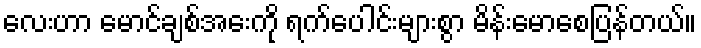
လေးဟာ မောင်ချစ်အေးကို ရက်ပေါင်းများစွာ မိန်းမောစေပြန်တယ်။